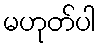
မဟုတ်ပါ